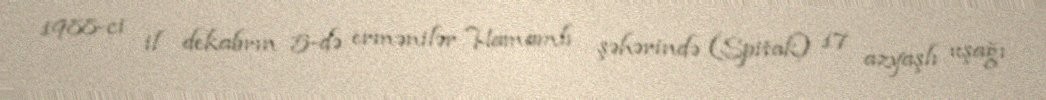
1988-ci il dekabrın 5-də ermənilər Hamamlı şəhərində (Spitak) 17 azyaşlı uşağı